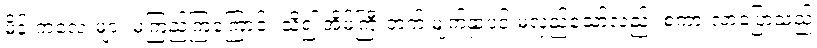
မိန်းကလေးများ မကြည်ကြကြောင်း သိ၍ အိမ်ကြီးဘက် မျက်နှာပင် မလှည့်သော်လည်း စကားလာပြောသည့်